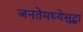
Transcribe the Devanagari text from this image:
जनतेमध्येसुद्धा